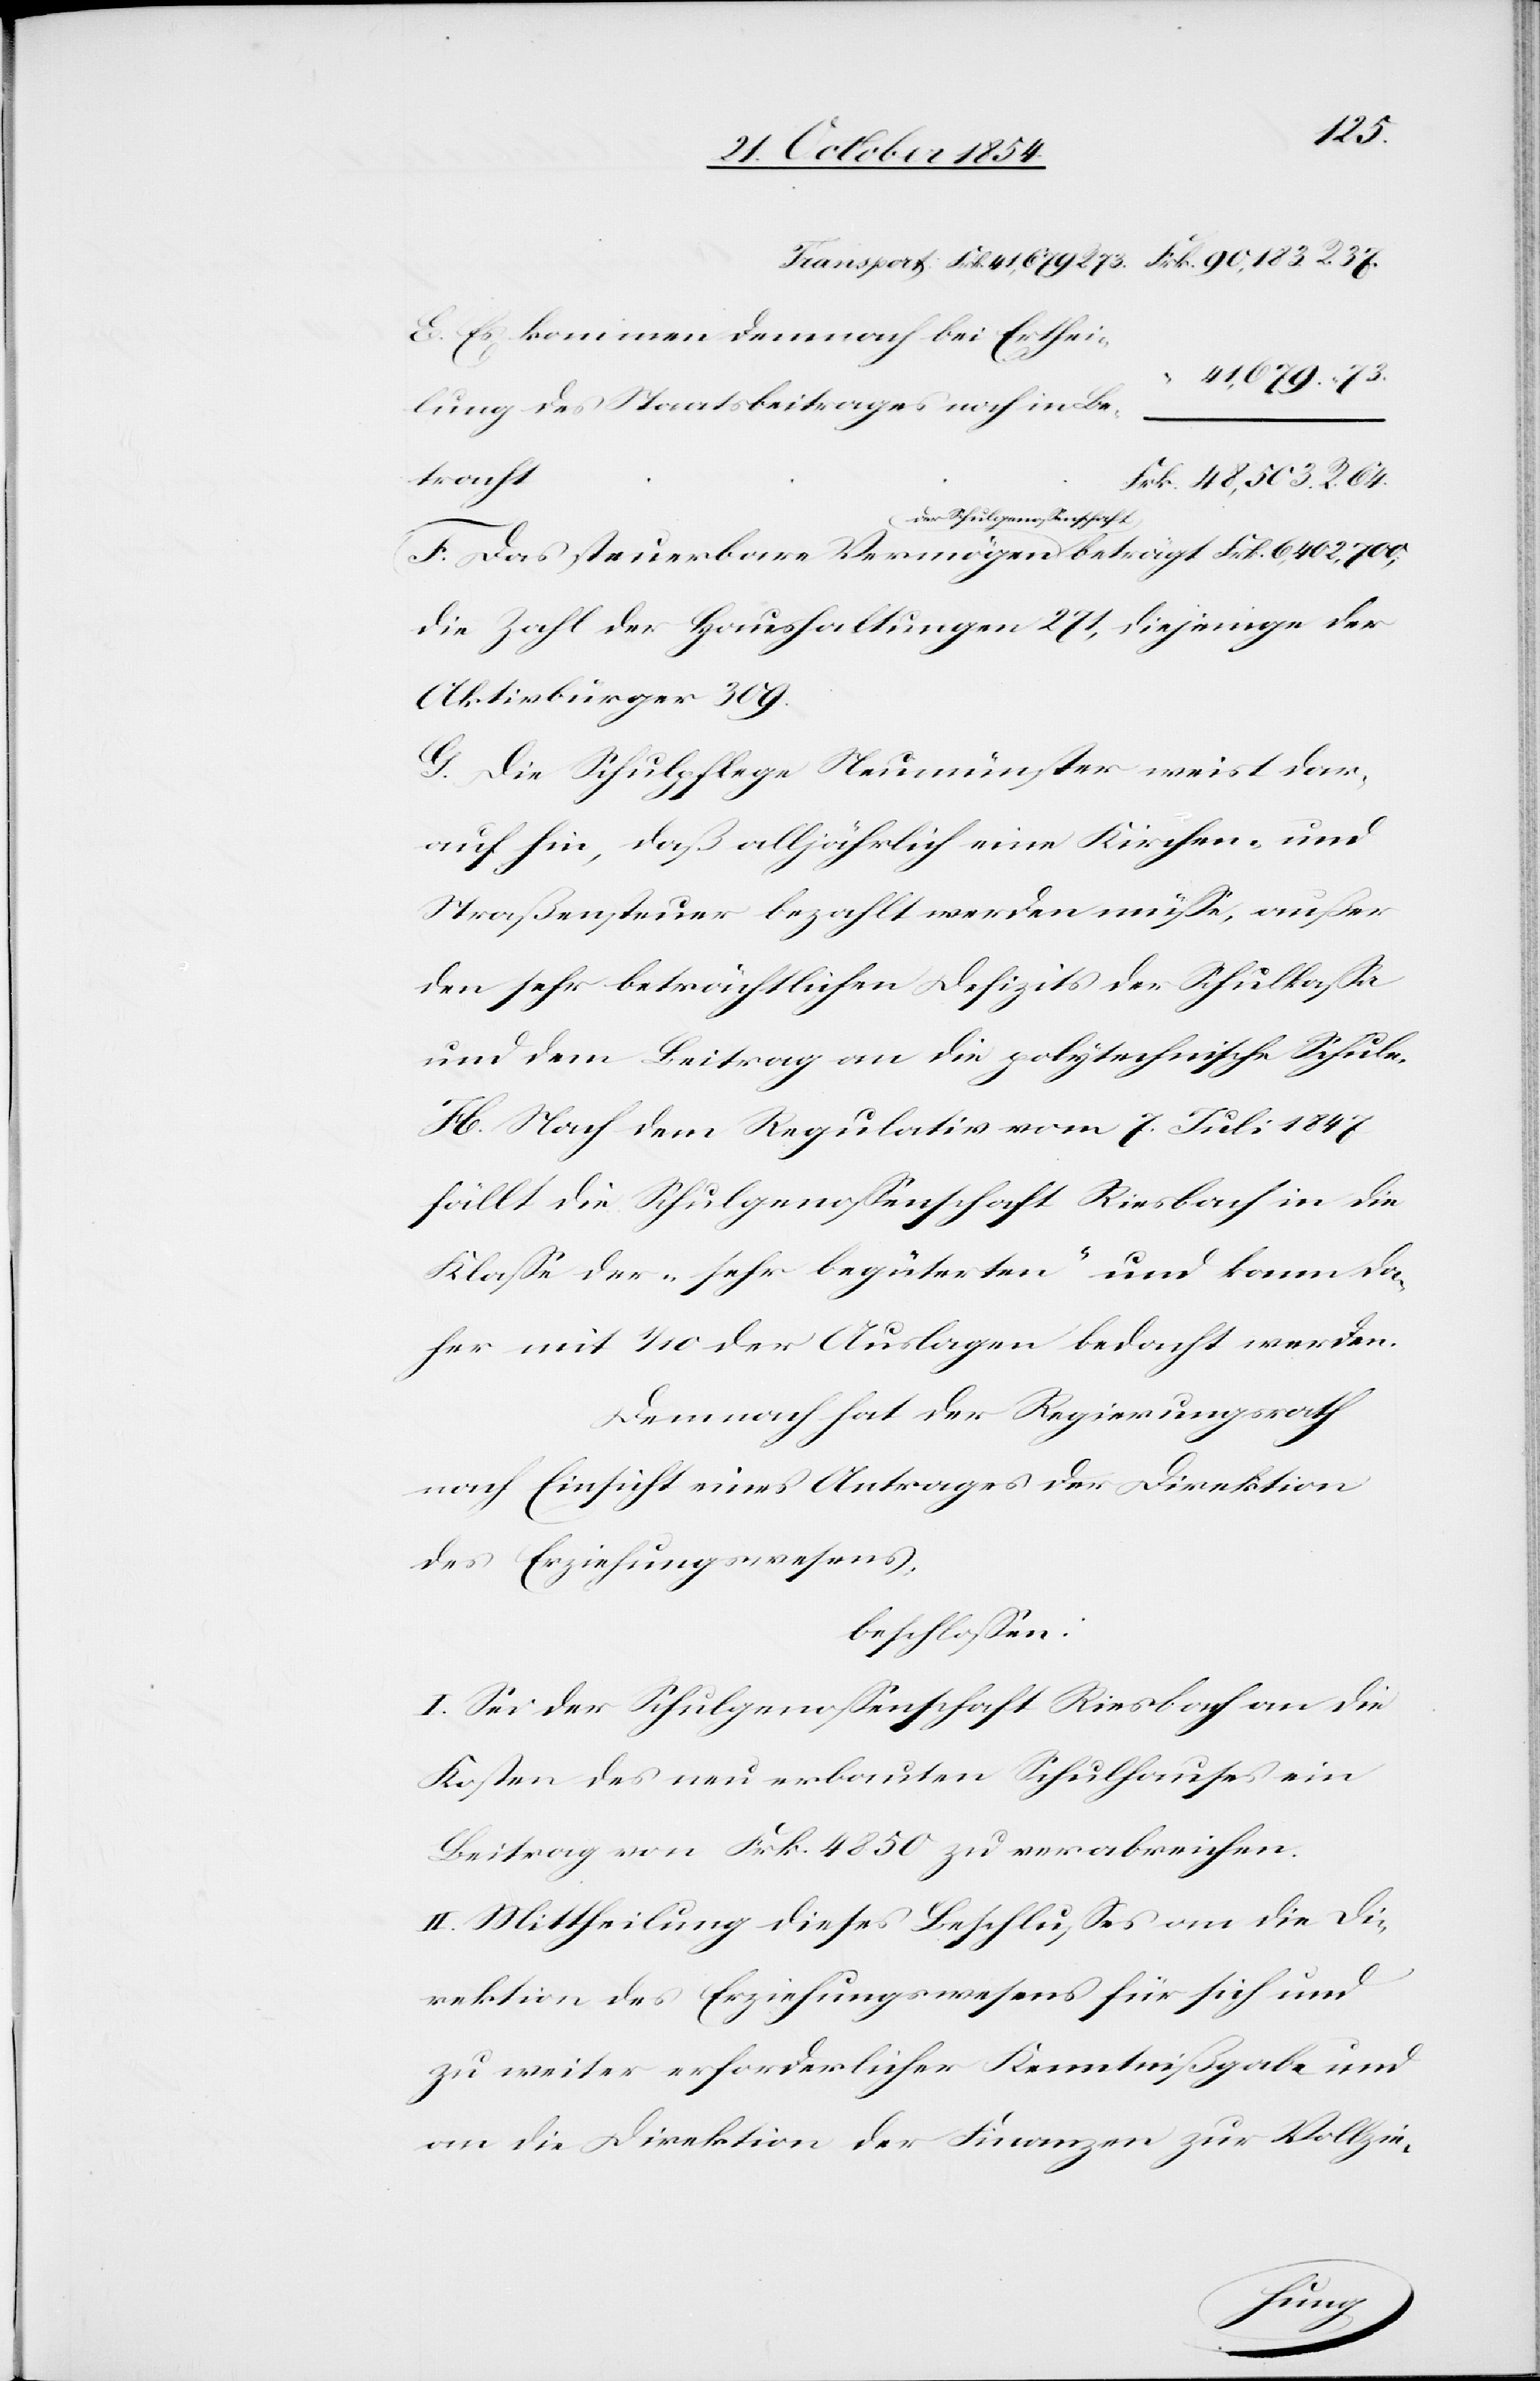
Frk.
E. Es kommen demnach bei Erthei¬
lung des Staatsbeitrages noch in Be¬
tracht
F. Das steuerbare Vermögen a-der Schulgenoßens¬
die Zahl der Haushaltungen 271, diejenige der
Aktivbürger 309.
G. Die Schulpflege Neumünster weist dar¬
auf hin, daß alljährlich eine Kirchen- und
Straßensteuer bezahlt werden müße, außer
den sehr beträchtlichen Defizits der Schulkaße
und dem Beitrag an die polytechnische Schule.
H. Nach dem Regulativ vom 7. Juli 1847
fällt die Schulgenoßenschaft Riesbach in die
Klaße der „sehr begüterten“ und kann da¬
her mit 1/10 der Auslagen bedacht werden.
Demnach hat der Regierungsrath
nach Einsicht eines Antrages der Direktion
des Erziehungswesens,
beschloßen:
I. Sei der Schulgenoßenschaft Riesbach an die
Kosten des neu erbauten Schulhauses ein
Beitrag von Frk. 4850 zu verabreichen.
II. Mittheilung dieses Beschlußes an die Di¬
rektion des Erziehungswesens für sich und
zu weiter erforderlicher Kenntnißgabe und
an die Direktion der Finanzen zur Vollzie-
chaft-a